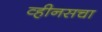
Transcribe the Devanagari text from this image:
व्हीनसचा